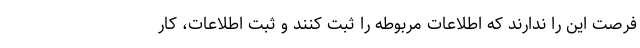
فرصت این را ندارند که اطلاعات مربوطه را ثبت کنند و ثبت اطلاعات، کار